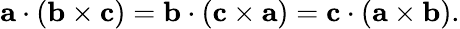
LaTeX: \mathbf{a}\cdot(\mathbf{b}\times\mathbf{c})=\mathbf{b}\cdot(\mathbf{c}\times\mathbf{a})=\mathbf{c}\cdot(\mathbf{a}\times\mathbf{b}).